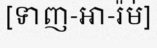
[ទាញ-អា-រ៉ម់]